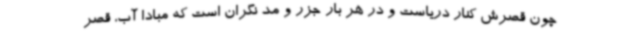
چون قصرش کنار دریاست و در هر بار جزر و مد نگران است که مبادا آب، قصر